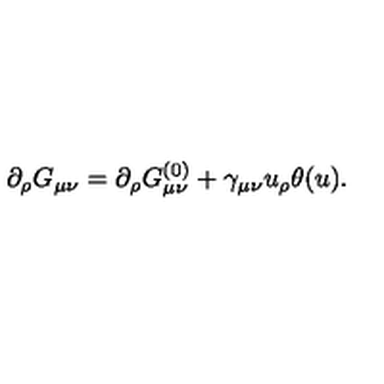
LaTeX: \partial _ { \rho } G _ { \mu \nu } = \partial _ { \rho } G _ { \mu \nu } ^ { ( 0 ) } + \gamma _ { \mu \nu } u _ { \rho } \theta ( u ) .